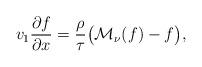
LaTeX: \begin{align*} v_{1} \frac{\partial f}{\partial x} =\frac{\rho }{\tau}\big( \mathcal{M}_{\nu}(f)-f \big),\end{align*}